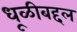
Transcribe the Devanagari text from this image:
धूळीबद्दल